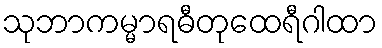
သုဘာကမ္မာရဓီတုထေရီဂါထာ